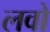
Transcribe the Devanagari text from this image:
लवो